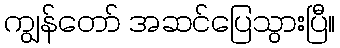
ကျွန်တော် အဆင်ပြေသွားပြီ။